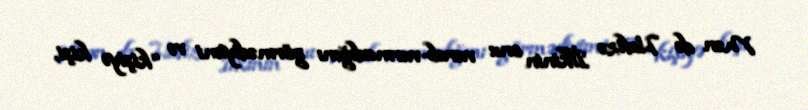
Mən də Hafizə İlkinin onu vurub-vurmadığını görmədiyimi və “kişiyə kişi,